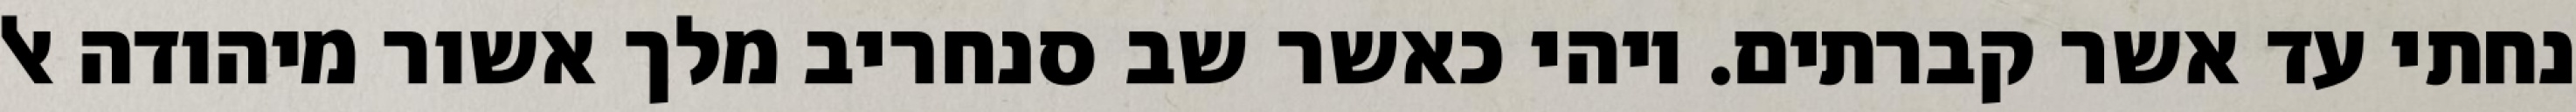
נחתי עד אשר קברתים. ויהי כאשר שב סנחריב מלך אשור מיהודה אל